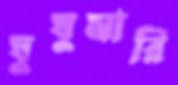
ঘুঘুমারি